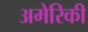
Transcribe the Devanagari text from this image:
अमेरिकी